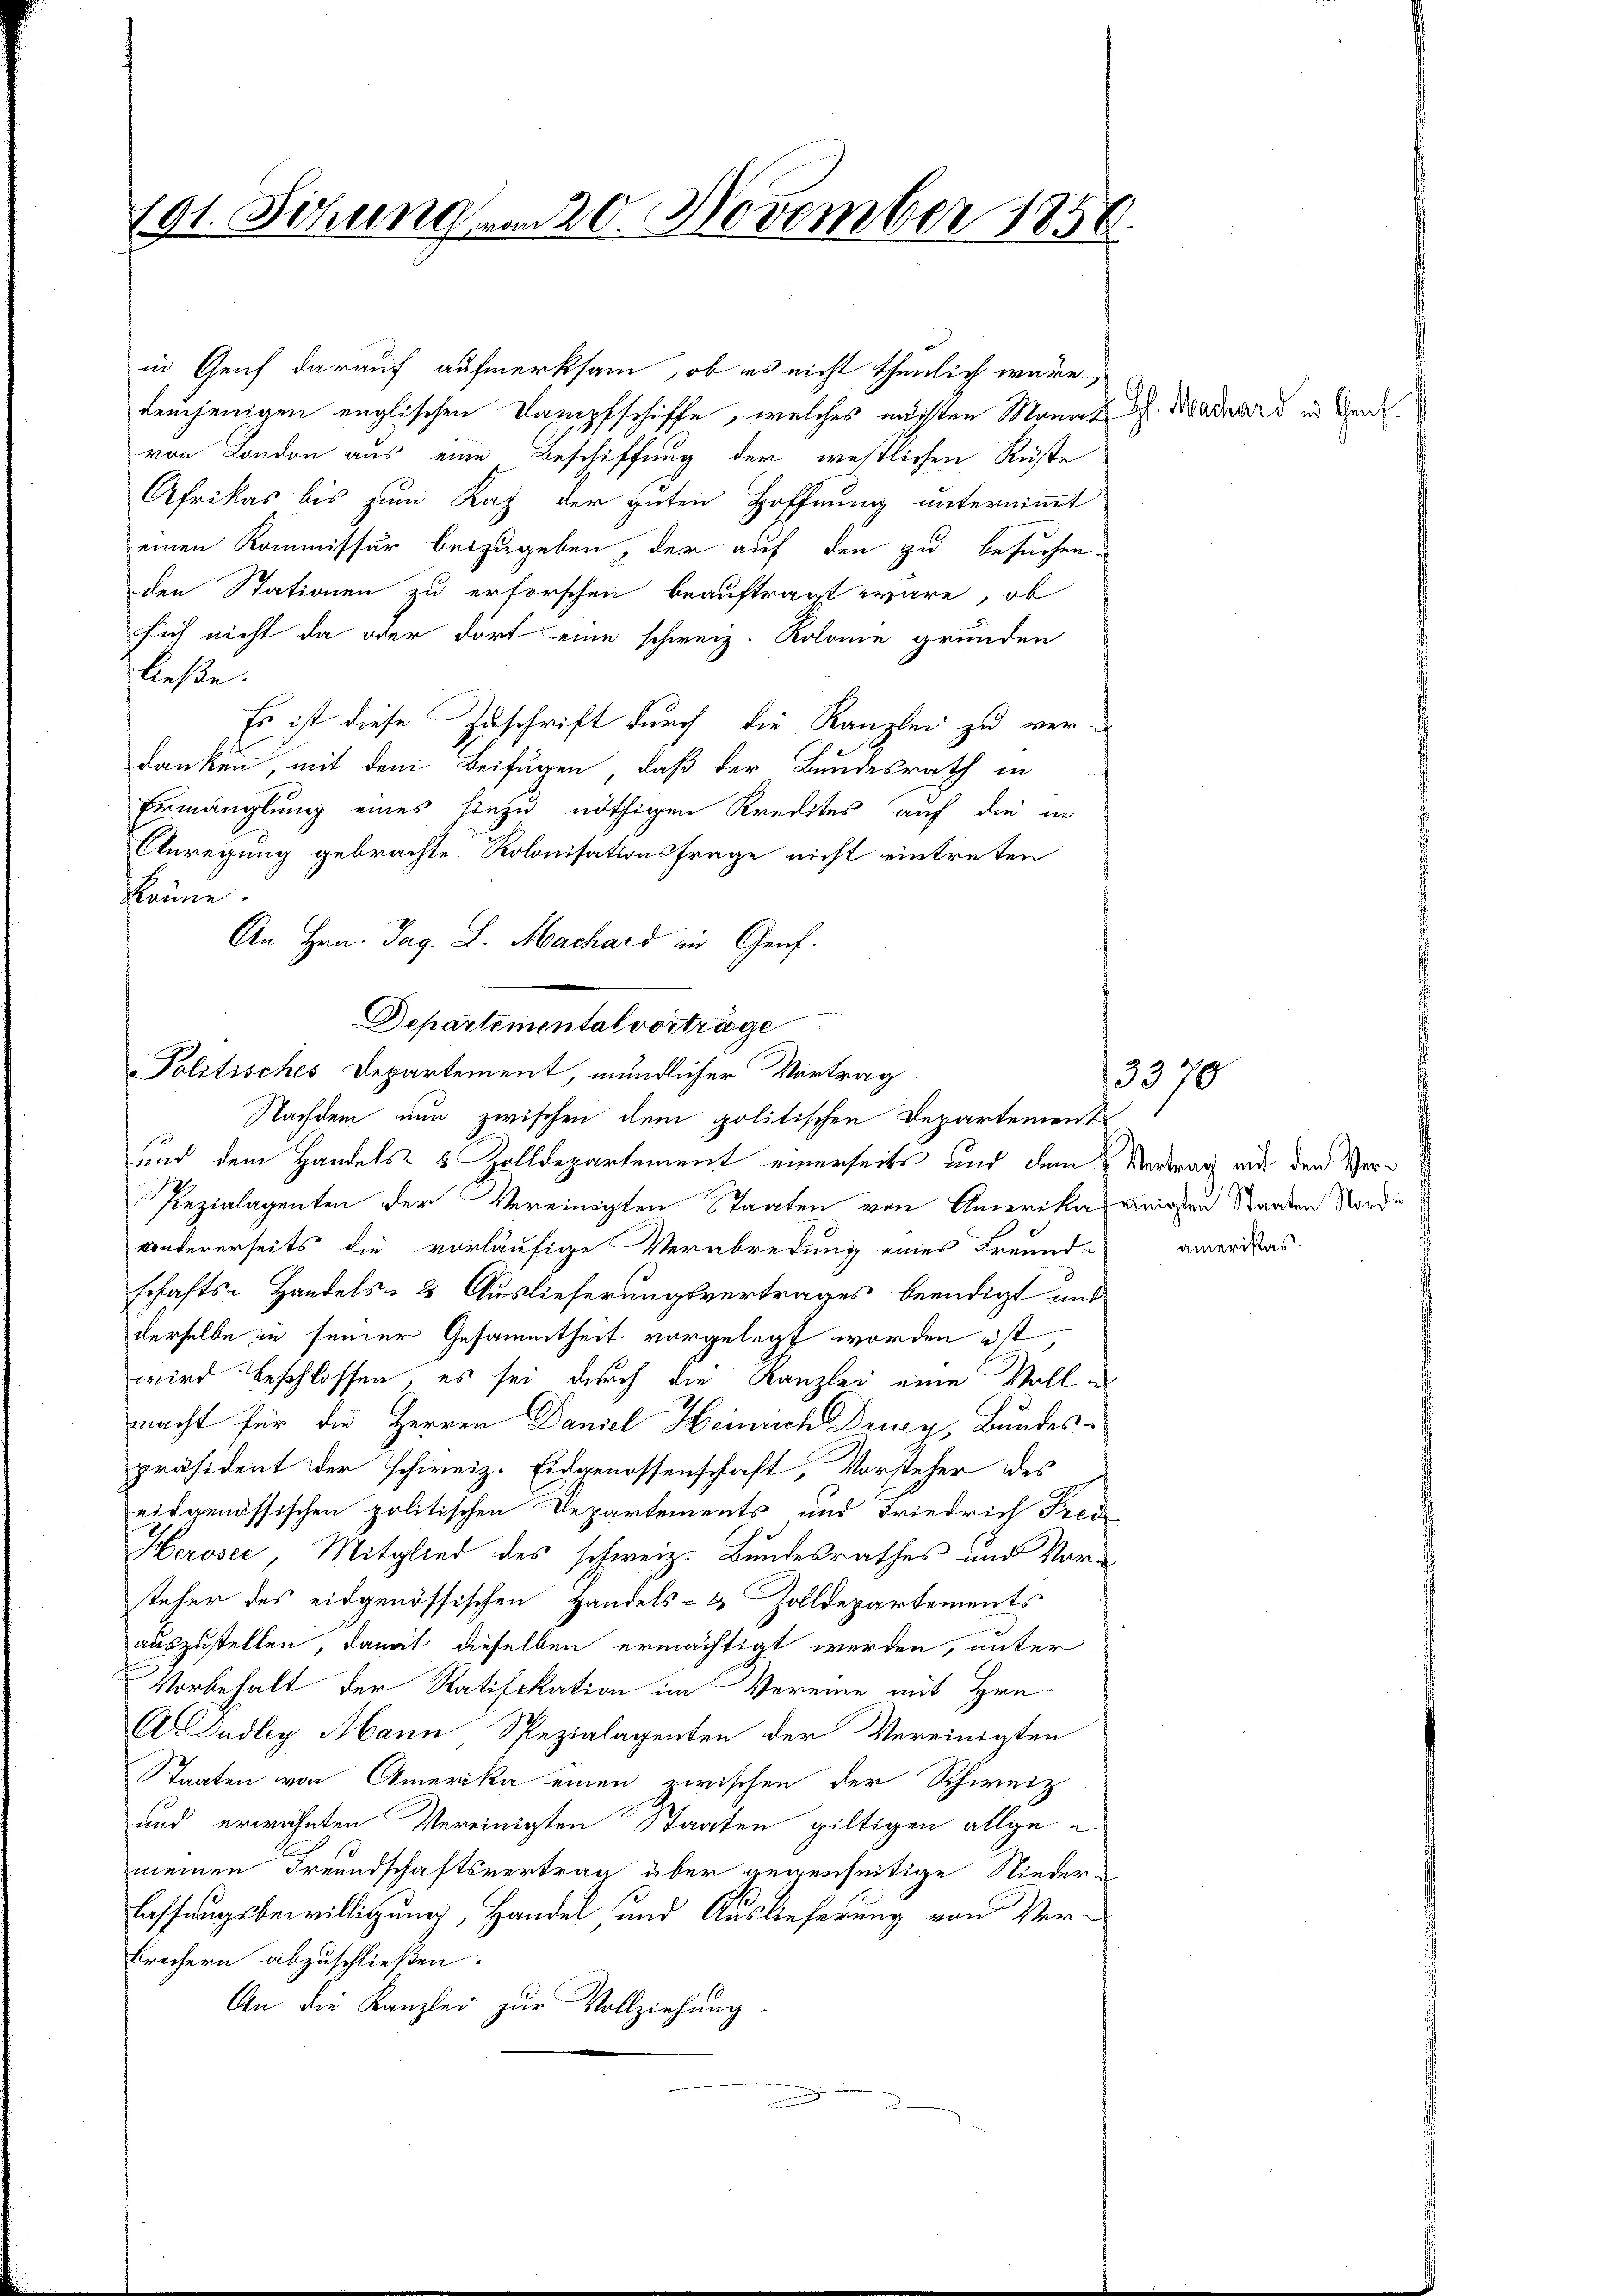
191. Sitzung vom 20. November 1858.

demjenigen englischen Dampfschiffe, welches nächten Monat J. Maders in den
von London aus eine Beschiffung der westlichen Ruste
Afrikas bis zum Kaz der guten Hoffnung unternimmt
einen Kommissär beizugeben, der auf den zu besuchen-
den Stationen zu erforschen beauftragt wäre, ob
sich nicht da oder dort eine schweiz. Kolonie grunden
ließe.
Es ist diese Zuschrift durch die Kanzlei zu ver-
danken, mit dem Beifügen, daß der Bundesrath in
Ermanglung eines hiezu nöthigen Kredites auf die in
Anregung gebrachte Kolonisationsfrage nicht eintreten
staune.
An Hrn. Tag. L. Machard in Genf.
und dem Handels- & Zolldepartement einerseits und dem Vertrag auf den Ver¬
Pezialagenten der Vereinigten Staaten von Amerika einigsten Staaten Norde
andererseits die vorläufige Verabredung eines Freund-
schafts- Handels- & Auslieferungsvertrages beendigt und
derselbe zu seiner Gesammtheit vorgelegt worden ist,
wird beschlossen, es sei durch die Kanzlei eine Vollmacht für die Herren Daniel Heinrich Drucy, Bundes-
präsident der schweiz. Eidgenossenschaft, Vorsteher des
eidgenössischen politischen Departements und Friedrich Prod
Heroser, Mitglied des schweiz. Bundesrathes und Vorsteher des eidgenössischen Handels- & Zolldepartements
auszustellen, damit dieselben ermächtigt werden, unter
Vorbehalt der Ratifikation im Vereine mit Hrn.
Ar Dudley Mann Spezialagenten der Vereinigten
Staaten von Amerika einen zwischen der Schweiz
und erwähnten Vereinigten Staaten giltigen allgemeinen Freundschaftsvertrag über gegenseitige Niederlassungsbewilligung, Handel, und Auslieferung von Verbrechern abzuschließen.
An die Kanzlei zur Vollziehung.

in Genf darauf aufmerksam, ob es nicht thunlich wäre,

Departemental vorträge
Politisches Departement, mündlicher Vortrag.
Nachdem nur zwischen dem politischen Departement

3370

amerikas.